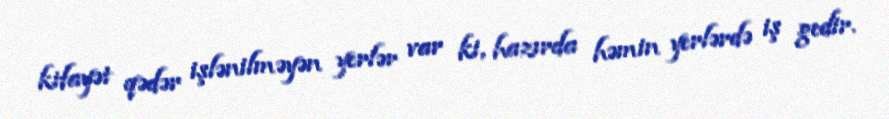
kifayət qədər işlənilməyən yerlər var ki, hazırda həmin yerlərdə iş gedir.